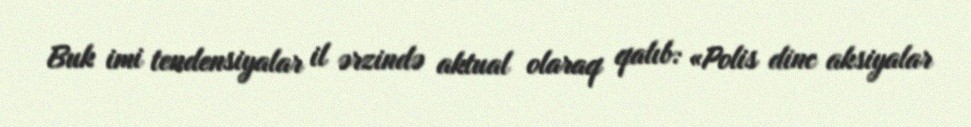
Buk imi tendensiyalar il ərzində aktual olaraq qalıb: «Polis dinc aksiyalar